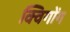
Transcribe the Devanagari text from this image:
क्विगोंग